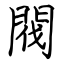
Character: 閥